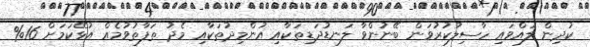
ކުދިން ލައްވައި ހާސިލުކުރުވަން ބޭނުންވާ ލަނޑުދަޑިތަކާއި އުންމިދުތަކާއި މެދު ތަފާތުވުމެއް އުޅޭކަމަށް 16%